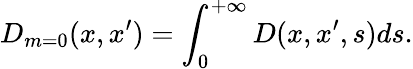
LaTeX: D_{m=0}(x,x^{\prime})=\int_{0}^{+\infty}D(x,x^{\prime},s)ds.